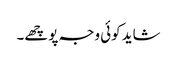
شاید کوئی وجہ پوچھے۔